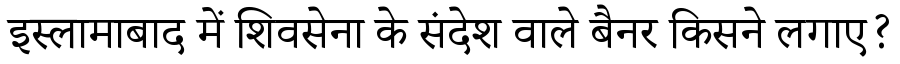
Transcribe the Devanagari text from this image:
इस्लामाबाद में शिवसेना के संदेश वाले बैनर किसने लगाए?